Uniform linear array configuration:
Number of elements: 24
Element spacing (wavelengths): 0.5
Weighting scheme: hamming
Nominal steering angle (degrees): -45
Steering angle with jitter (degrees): -45.749
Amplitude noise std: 0.05
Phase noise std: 0.05

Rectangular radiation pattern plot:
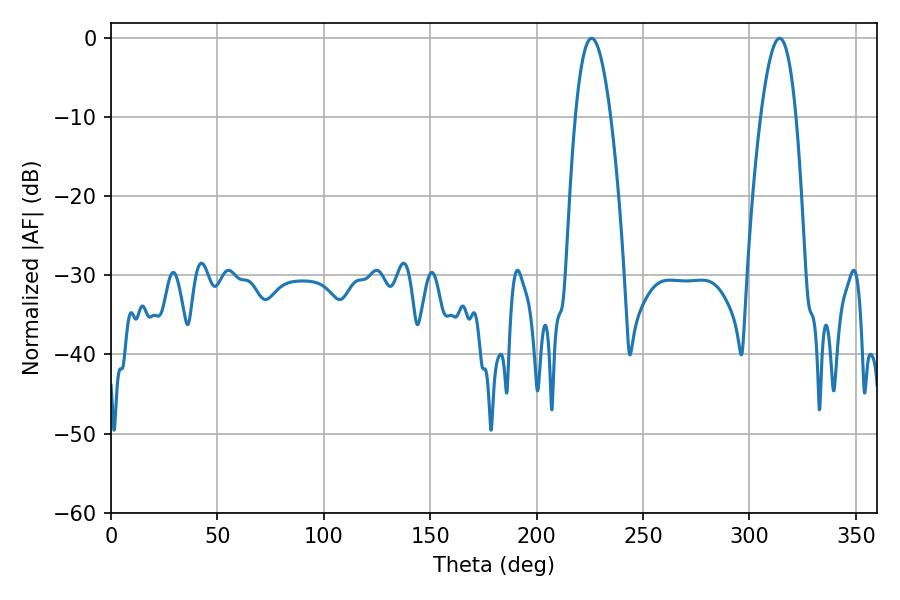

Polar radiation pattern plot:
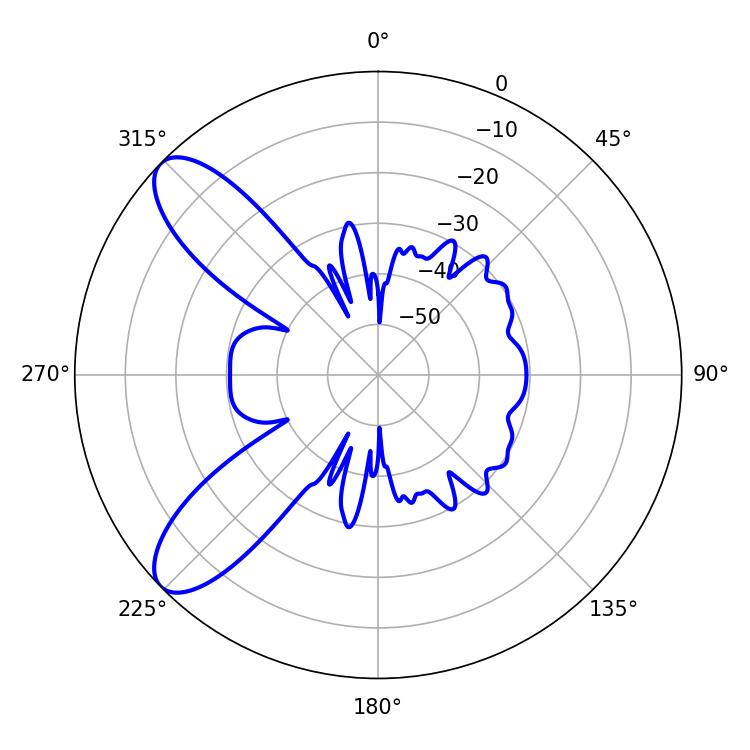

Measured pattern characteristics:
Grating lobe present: FALSE
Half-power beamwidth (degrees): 9.18
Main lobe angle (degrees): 225.9